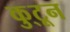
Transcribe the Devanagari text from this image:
कु्टून